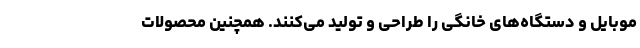
موبایل و دستگاه‌های خانگی را طراحی و تولید می‌کنند. همچنین محصولات